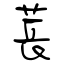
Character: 萇